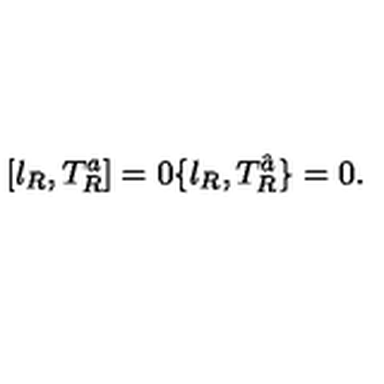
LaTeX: [ \l _ { R } , T _ { R } ^ { a } ] = 0 \{ \l _ { R } , T _ { R } ^ { \hat { a } } \} = 0 .